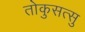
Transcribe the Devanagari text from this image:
तोकुसत्सु